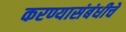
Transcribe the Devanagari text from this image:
करण्यासंबंधीचे